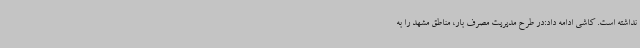
نداشته است. کاشی ادامه داد:در طرح مدیریت مصرف بار، مناطق مشهد را به